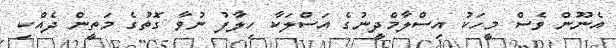
އެނޫން ވެސް މީހަކު އިސްލާމްދީނުގެ އަސްލަކާ ހިލާފު ނުވާ ގޮތުގެ މަތީން ދެއްކި